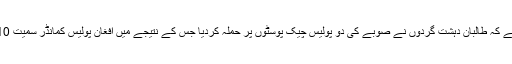
مہر خبررساں ایجنسی نے فرانسیسی خبررساں ایجنسی کے حوالے سے نقل کیا ہے کہ طالبان دہشت گردوں نے صوبے کی دو پولیس چیک پوسٹوں پر حملہ کردیا جس کے نتیجے میں افغان پولیس کمانڈر سمیت 10 اہلکار مارے گئے جب کہ جوابی فائرنگ سے 3 دہشت گرد بھی ہلاک ہوگئے۔